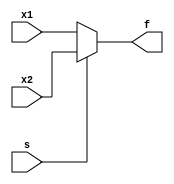
module dxp_mux2to1_v (s, x1, x2, f);
	input x1, x2, s;
	output f;

assign 	f = s ? x2 : x1;

endmodule

//this is our really cool mux
//try pulling again